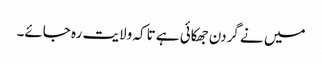
میں نے گردن جھکائی ہے تاکہ ولایت رہ جائے۔